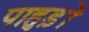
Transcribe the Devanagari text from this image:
पाहुड़ों